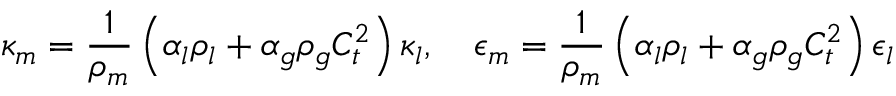
\kappa _ { m } = \frac { 1 } { \rho _ { m } } \left( \alpha _ { l } \rho _ { l } + \alpha _ { g } \rho _ { g } C _ { t } ^ { 2 } \right) \kappa _ { l } , \quad \epsilon _ { m } = \frac { 1 } { \rho _ { m } } \left( \alpha _ { l } \rho _ { l } + \alpha _ { g } \rho _ { g } C _ { t } ^ { 2 } \right) \epsilon _ { l }